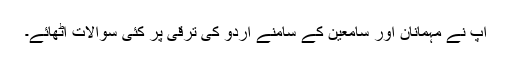
آپ نے مہمانان اور سامعین کے سامنے اردو کی ترقی پر کئی سوالات اٹھائے۔